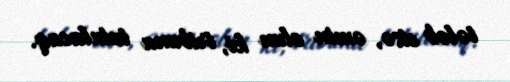
tələb etsə, əmin olun ki, tribuna tutulacaq.